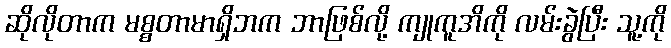
ဆိုလိုတာက မစ္စတာမာရှိဘက ဘာဖြစ်လို့ ကျုကူအိကို လမ်းခွဲပြီး သူ့ကို